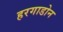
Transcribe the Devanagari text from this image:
हरगाडोन